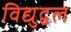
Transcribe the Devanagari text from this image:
विद्युद्वल